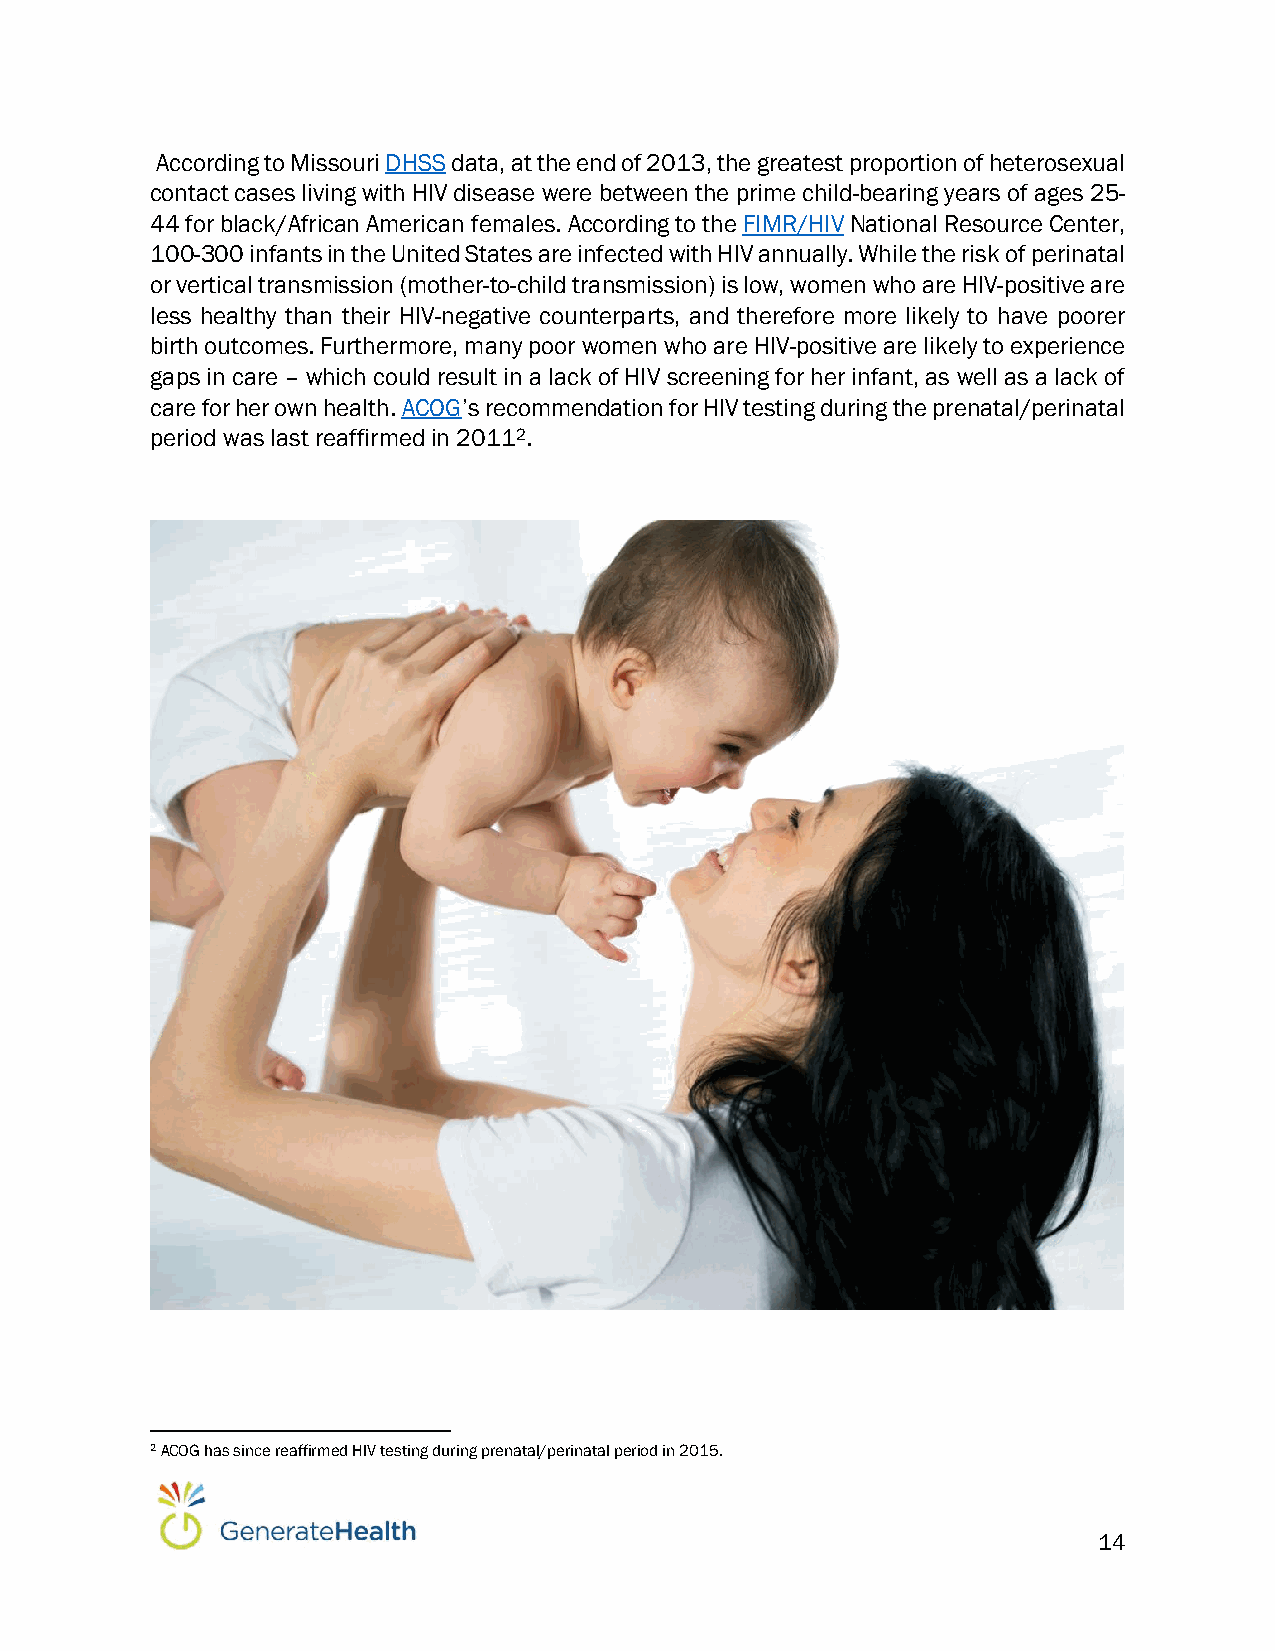
According to Missouri DHSS data, at the end of 2013, the greatest proportion of heterosexual
 contact cases living with HIV disease were between the prime child-bearing years of ages 25-
 44 for black/African American females. According to the FIMR/HIV National Resource Center,
 100-300 infants in the United States are infected with HIV annually. While the risk of perinatal
 or vertical transmission (mother-to-child transmission) is low, women who are HIV-positive are
 less healthy than their HIV-negative counterparts, and therefore more likely to have poorer
 birth outcomes. Furthermore, many poor women who are HIV-positive are likely to experience
 gaps in care – which could result in a lack of HIV screening for her infant, as well as a lack of
 care for her own health. ACOG’s recommendation for HIV testing during the prenatal/perinatal
 period was last reaffirmed in 20112.
 2 ACOG has since reaffirmed HIV testing during prenatal/perinatal period in 2015.
 14